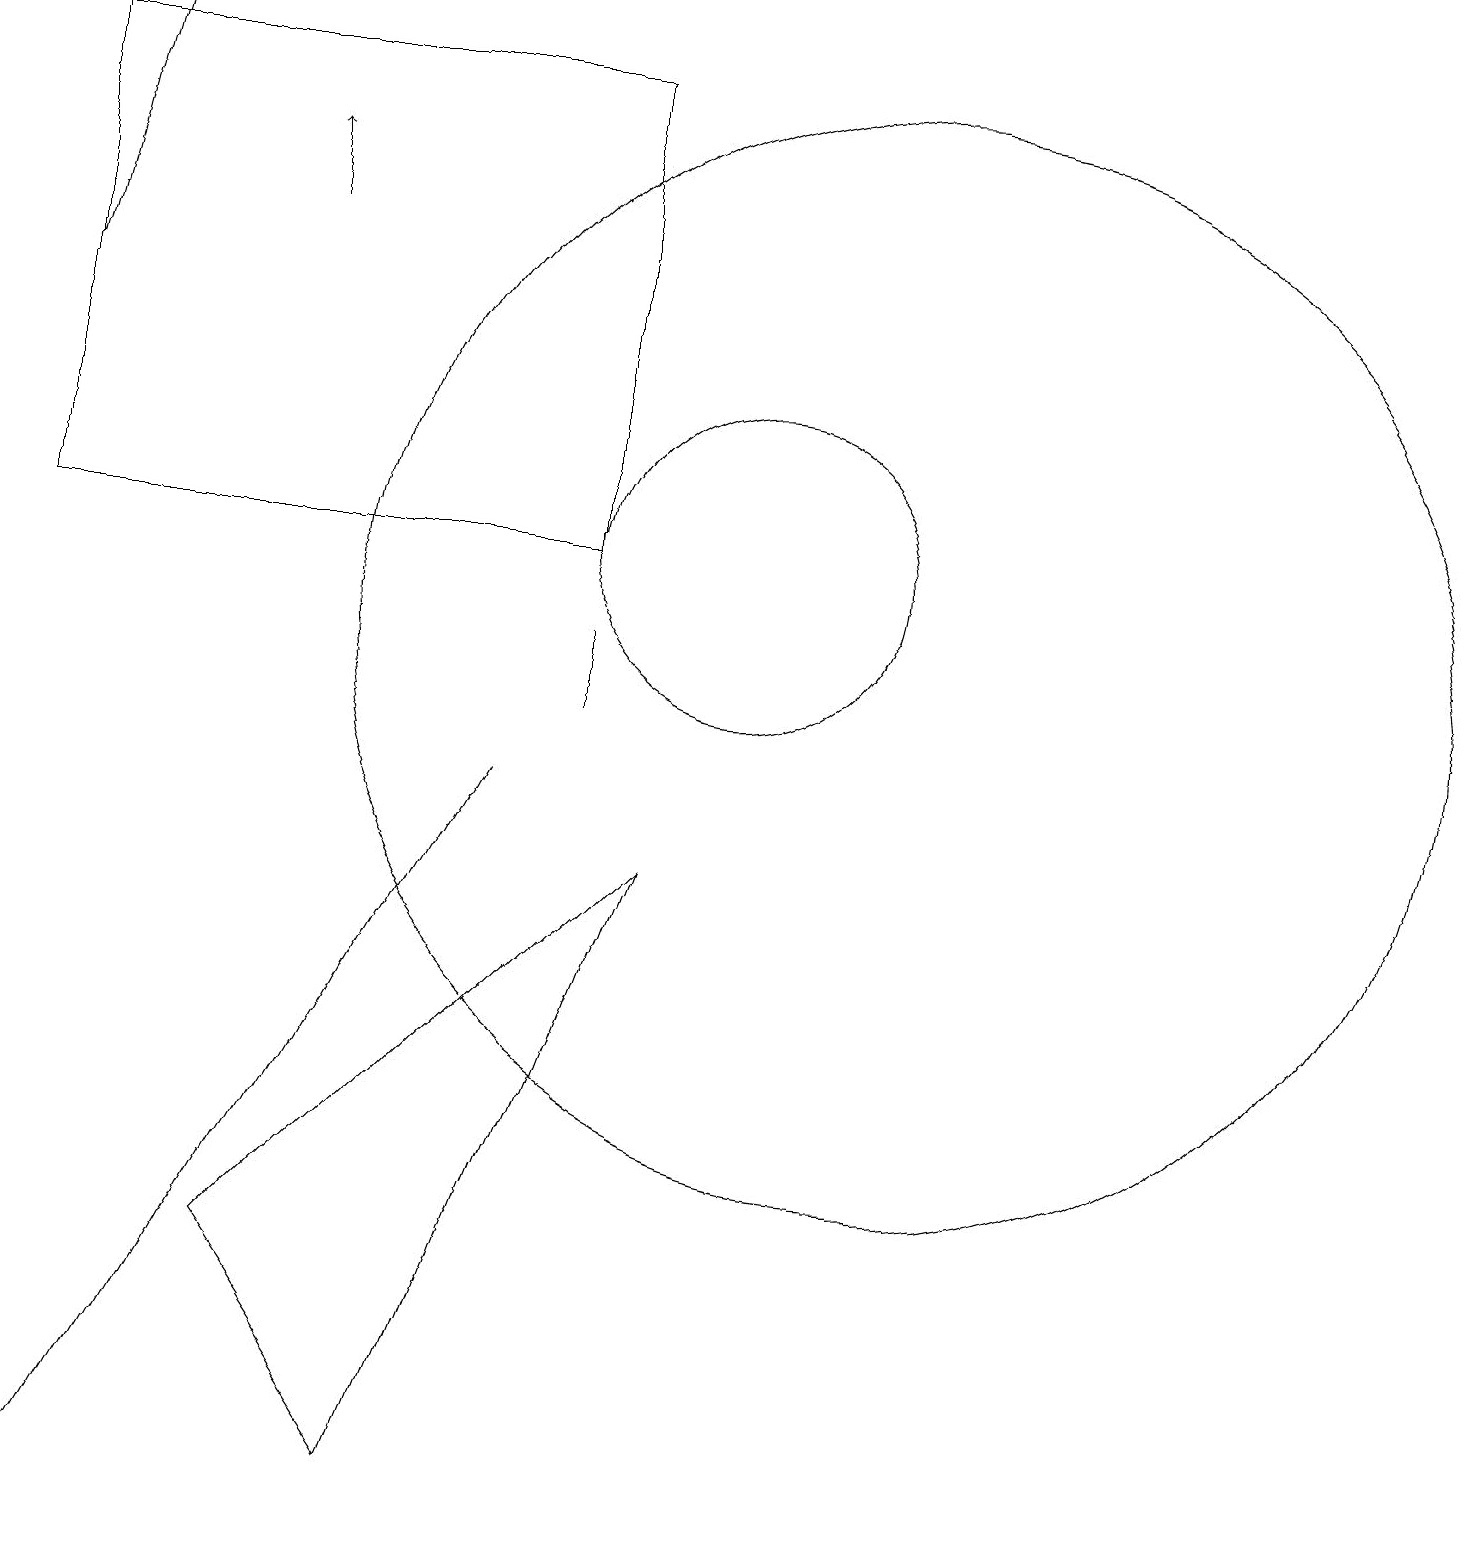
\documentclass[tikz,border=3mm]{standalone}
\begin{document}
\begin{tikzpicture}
\draw (7,9) -- (2,0) -- (2,0) -- cycle;
\draw[->] (1,15) -- (2,19);
\draw (1,18) rectangle (8,12);
\draw (9,8) -- (4,3) -- (6,0) -- cycle;
\draw[->] (4,16) -- (4,17);
\draw (10,12) circle (2);
\draw (12,11) circle (7);
\draw (8,11) rectangle (8,10);
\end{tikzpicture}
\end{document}